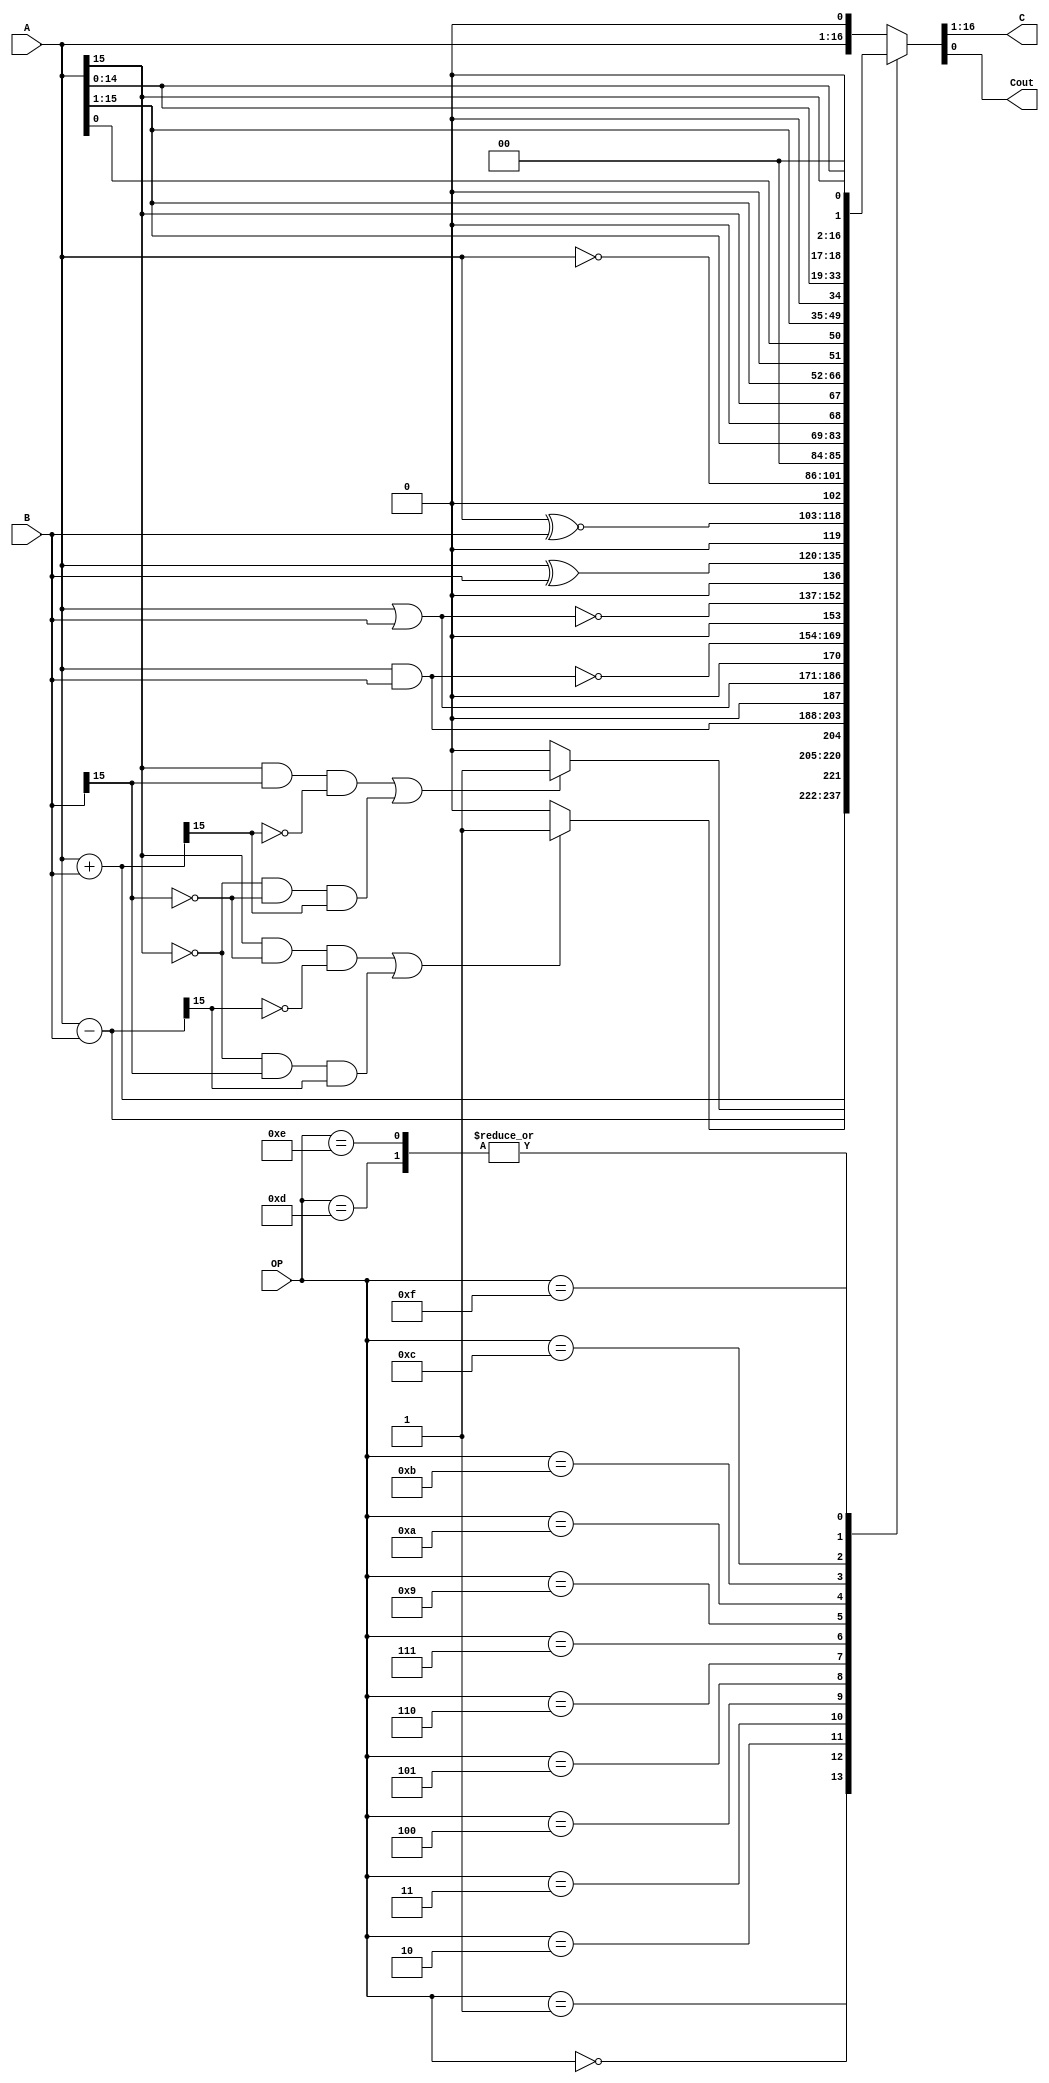
`timescale 1ns / 100ps

module ALU(A,B,OP,C,Cout);

	input [15:0]A;
	input [15:0]B;
	input [3:0]OP;
	output [15:0]C;
	output Cout;

	//TODO
	wire signed [15:0]A;
	wire signed [15:0]B;
	wire signed [3:0]OP;
	wire [15:0]Cadd = A+B;
	wire [15:0]Csub = A-B;
	reg signed [15:0]C;
	reg signed Cout;
	always @(*) begin
		case (OP)
			4'b0000 : {C,Cout} = {A + B, ((A[15] & B[15] & ~Cadd[15])|(~A[15] & ~B[15] & Cadd[15])) ? 1'b1 :1'b0};
			4'b0001 : {C,Cout} = {A - B, ((A[15] & ~B[15] & ~Csub[15])|(~A[15] & B[15] & Csub[15])) ? 1'b1 :1'b0};
			4'b0010 : {C,Cout} = {A & B,1'b0};
			4'b0011 : {C,Cout} = {A | B,1'b0};
			4'b0100 : {C,Cout} = {~(A & B),1'b0};
			4'b0101 : {C,Cout} = {~(A | B),1'b0};
			4'b0110 : {C,Cout} = {A ^ B,1'b0};
			4'b0111 : {C,Cout} = {A ~^ B,1'b0};|
			4'b1000 : {C,Cout} = {A,1'b0};
			4'b1001 : {C,Cout} = {~A,1'b0};
			4'b1010 : {C,Cout} = {A >> 1,1'b0};
			4'b1011 : {C,Cout} = {A >>> 1,1'b0};
			4'b1100 : {C,Cout} = {A[0],A[15:1],1'b0};
			4'b1101 : {C,Cout} = {A << 1,1'b0};
			4'b1110 : {C,Cout} = {A <<< 1,1'b0};
			4'b1111 : {C,Cout} = {A[14:0],A[15],1'b0};
			default : {C,Cout} = {A,1'b0};
		endcase
	end

	
endmodule